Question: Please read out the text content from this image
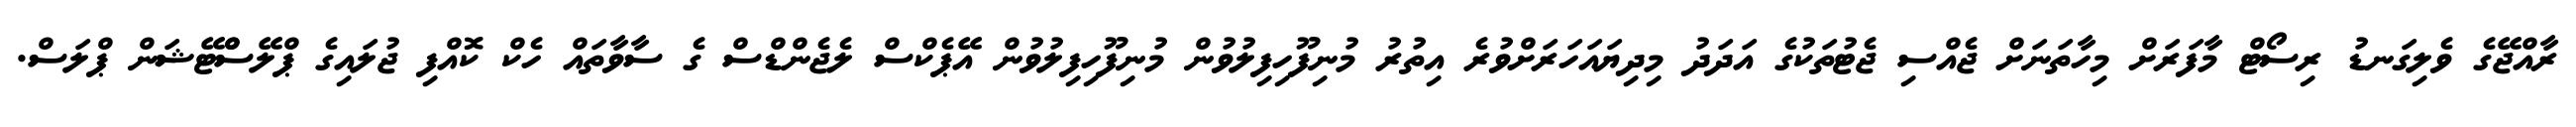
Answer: ރާއްޖޭގެ ވެލިގަނޑު ރިސޯޓް މާފަރަށް މިހާތަނަށް ޖެއްސި ޖެޓުތަކުގެ އަދަދު މިދިޔައަހަރަށްވުރެ އިތުރު މުނިފޫހިފިލުވުން މުނިފޫހިފިލުވުން އޭޕެކްސް ލެޖެންޑްސް ގެ ސާވާތައް ހެކް ކޮއްފި ޖުލައިގެ ޕްލޭސްްޓޭޝަން ޕްލަސް.